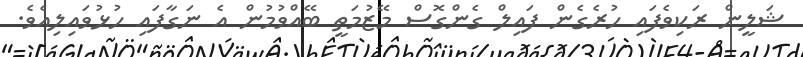
ޝަލީން ރަކިވެފައި ހުރެގެން ފައިލް ގެންގޮސް މޭޒުމަތީ ބޭއްވުމުން އެ ނަގާފައި ހުޅުވައިލިއެވެ.